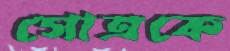
গোত্রকে